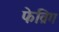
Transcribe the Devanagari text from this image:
फेव्रिंग